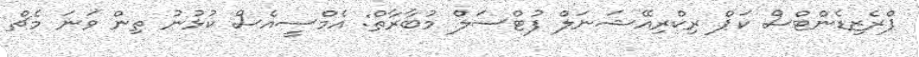
ޕްރެޒިޑެންޓްސް ކަޕް ރިކްރިއޭޝަނަލް ފުޓްސަލް މުބާރާތް: އެމްސީއެސް ކުޅުނު ތިން ވަނަ މެޗް